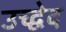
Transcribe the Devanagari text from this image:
उच्द्वेद